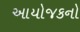
આયોજકનો